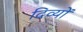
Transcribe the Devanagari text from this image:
दिव्यों